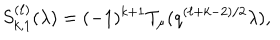
S _ { k , 1 } ^ { ( \ell ) } ( \lambda ) = ( - 1 ) ^ { k + 1 } T _ { \mu } ( q ^ { ( \ell + k - 2 ) / 2 } \lambda ) ,